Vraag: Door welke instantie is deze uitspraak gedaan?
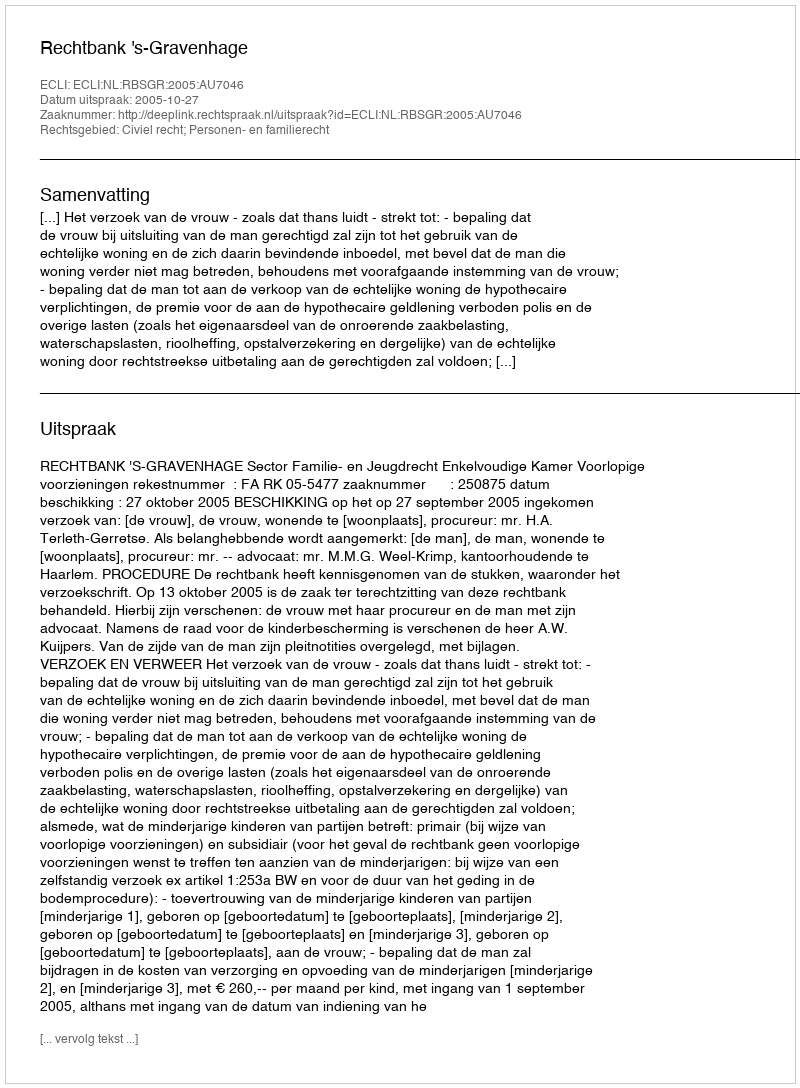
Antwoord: Rechtbank 's-Gravenhage